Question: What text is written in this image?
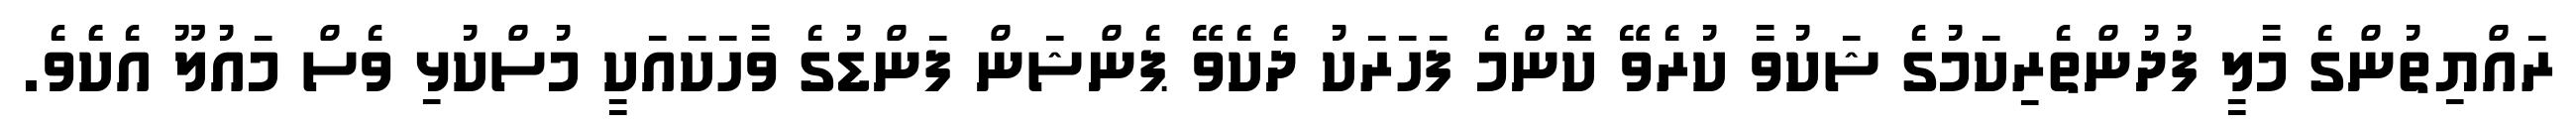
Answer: ރައްޔިތުންގެ މާލީ ފުދުންތެރިކަމުގެ ޝަކުވާ ކުރެވޭ ކޮންމެ ފަހަރަކު ދެކެވޭ ޕެންޝަން ފަންޑުގެ ވާހަކައަކީ މުސްކުޅި ވެސް މައުލޫ އެކެެވެ.